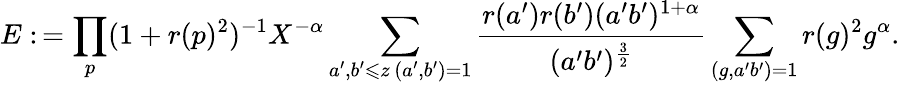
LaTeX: E:\, =\prod_{p}(1+r(p)^{2})^{-1}X^{-\alpha}\sum_{\substack{a^{\prime},b^{\prime}\leqslant z\, (a^{\prime},b^{\prime})=1}}\frac{r(a^{\prime})r(b^{\prime})(a^{\prime}b^{\prime})^{1+\alpha}}{(a^{\prime}b^{\prime})^{\frac{3}{2}}}\sum_{(g,a^{\prime}b^{\prime})=1}r(g)^{2}g^{\alpha}.